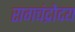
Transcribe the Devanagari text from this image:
रागचंद्रोदय